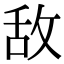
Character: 敌